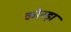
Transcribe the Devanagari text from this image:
कोरड़ा